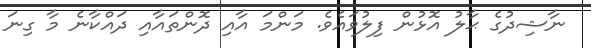
ނާޝިދުގެ ޙާލު އޮޅުން ފިލުވައެވެ. މަންމަ އާއި ދޮންތައާއި ދައްކާނެ މާ ގިނަ